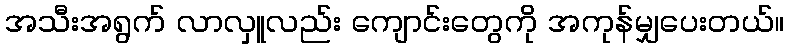
အသီးအရွက် လာလှူလည်း ကျောင်းတွေကို အကုန်မျှပေးတယ်။